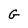
Character: G